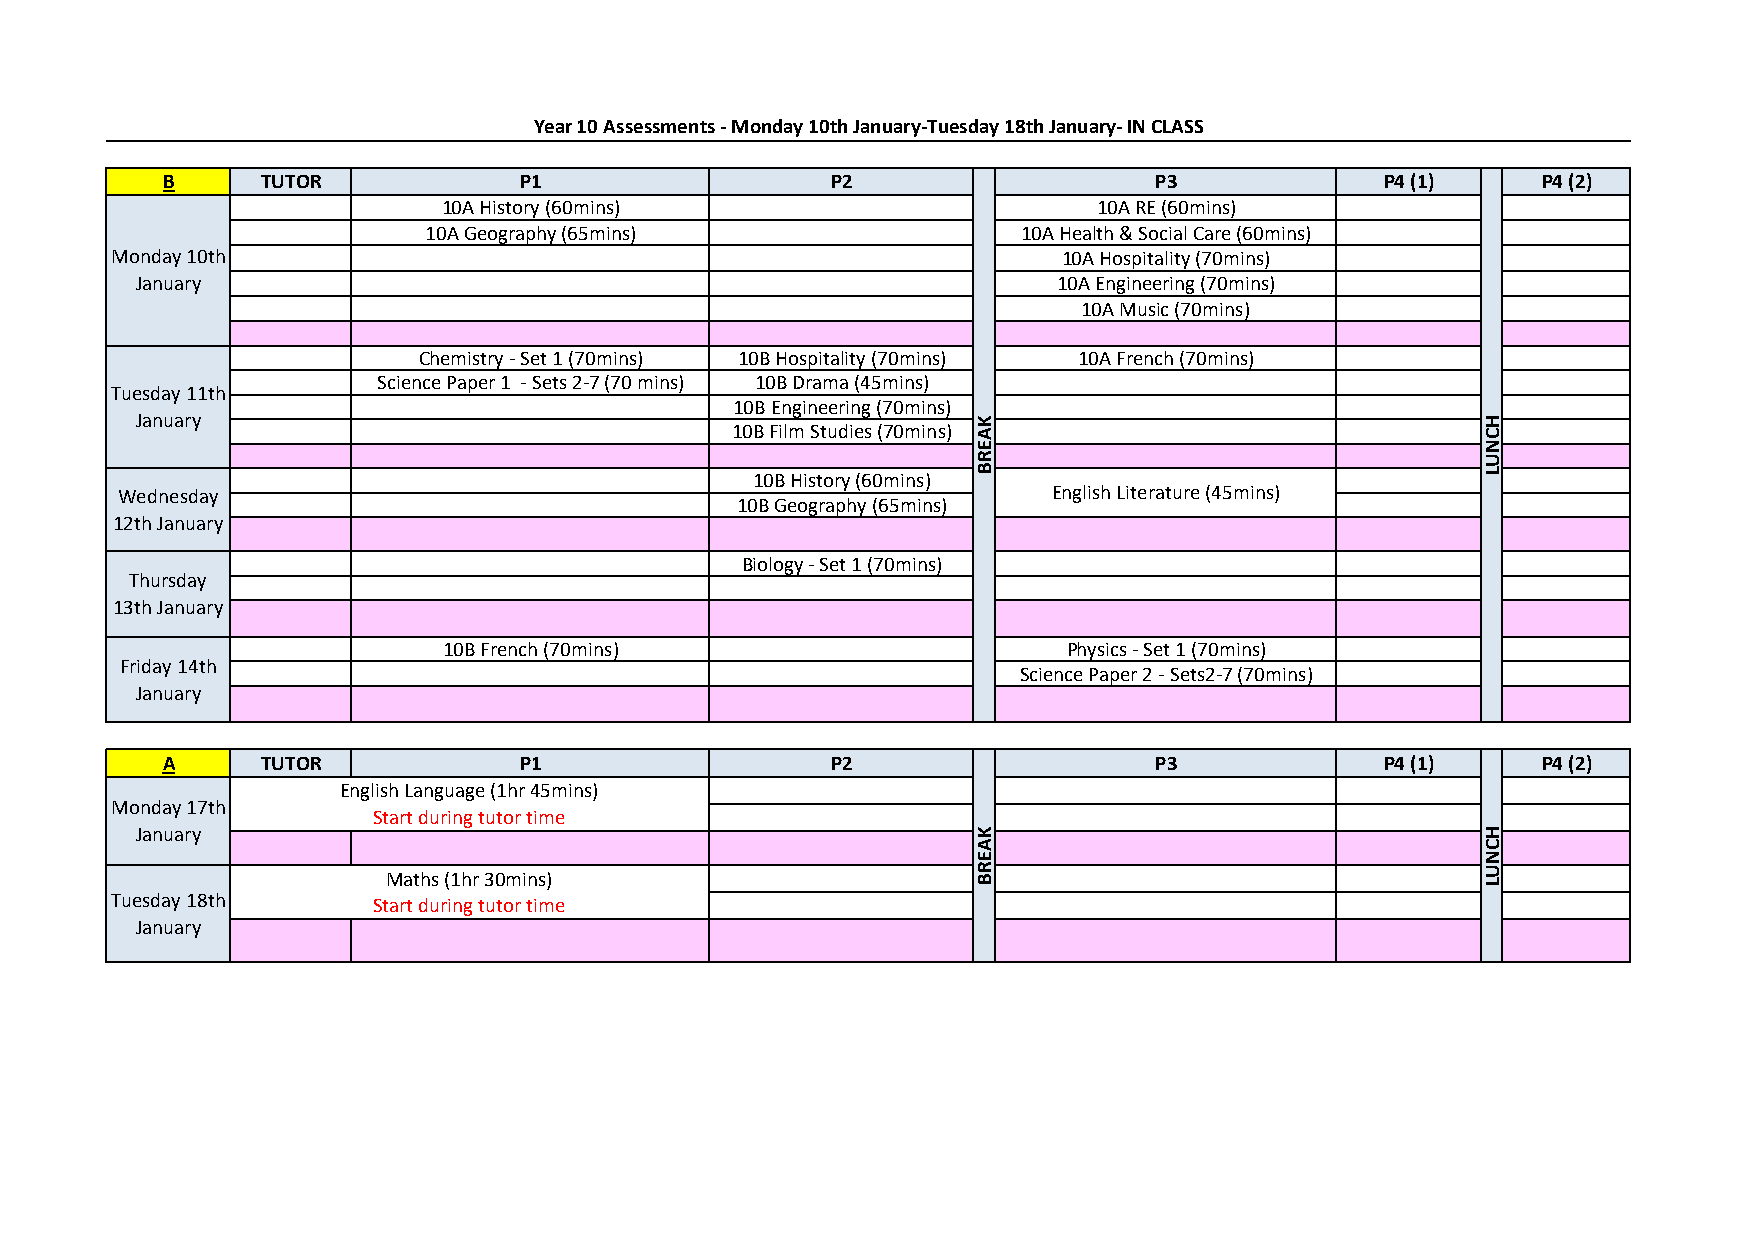
Year 10 Assessments - Monday 10th January-Tuesday 18th January- IN CLASS
 B     TUTOR            P1                   P2                   P3              P4 (1)    P4 (2)
 10A History (60mins)                        10A RE (60mins)
 10A Geography (65mins)                  10A Health & Social Care (60mins)
 Monday 10th                                                    10A Hospitality (70mins)
 January                                                      10A Engineering (70mins)
 10A Music (70mins)
 Chemistry - Set 1 (70mins) 10B Hospitality (70mins) 10A French (70mins)
 Science Paper 1 - Sets 2-7 (70 mins) 10B Drama (45mins)
 Tuesday 11th
 10B Engineering (70mins)
 January                                                 K                                H
 10B Film Studies (70mins) A                       C
 E                                N
 R                                U
 10B History (60mins) B                          L
 Wednesday                                                     English Literature (45mins)
 10B Geography (65mins)
 12th January
 Biology - Set 1 (70mins)
 Thursday
 13th January
 10B French (70mins)                       Physics - Set 1 (70mins)
 Friday 14th
 Science Paper 2 - Sets2-7 (70mins)
 January
 A     TUTOR            P1                   P2                   P3              P4 (1)    P4 (2)
 English Language (1hr 45mins)
 Monday 17th
 Start during tutor time
 January                                                 K                                H
 A                                C
 E                                N
 R                                U
 Maths (1hr 30mins)                     B                                L
 Tuesday 18th      Start during tutor time
 January